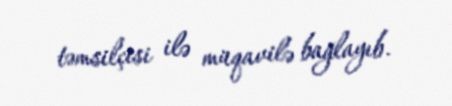
təmsilçisi ilə müqavilə bağlayıb.